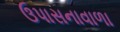
ઉપાસનાવાળા